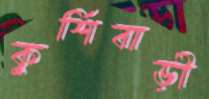
কুর্শিবাড়ী